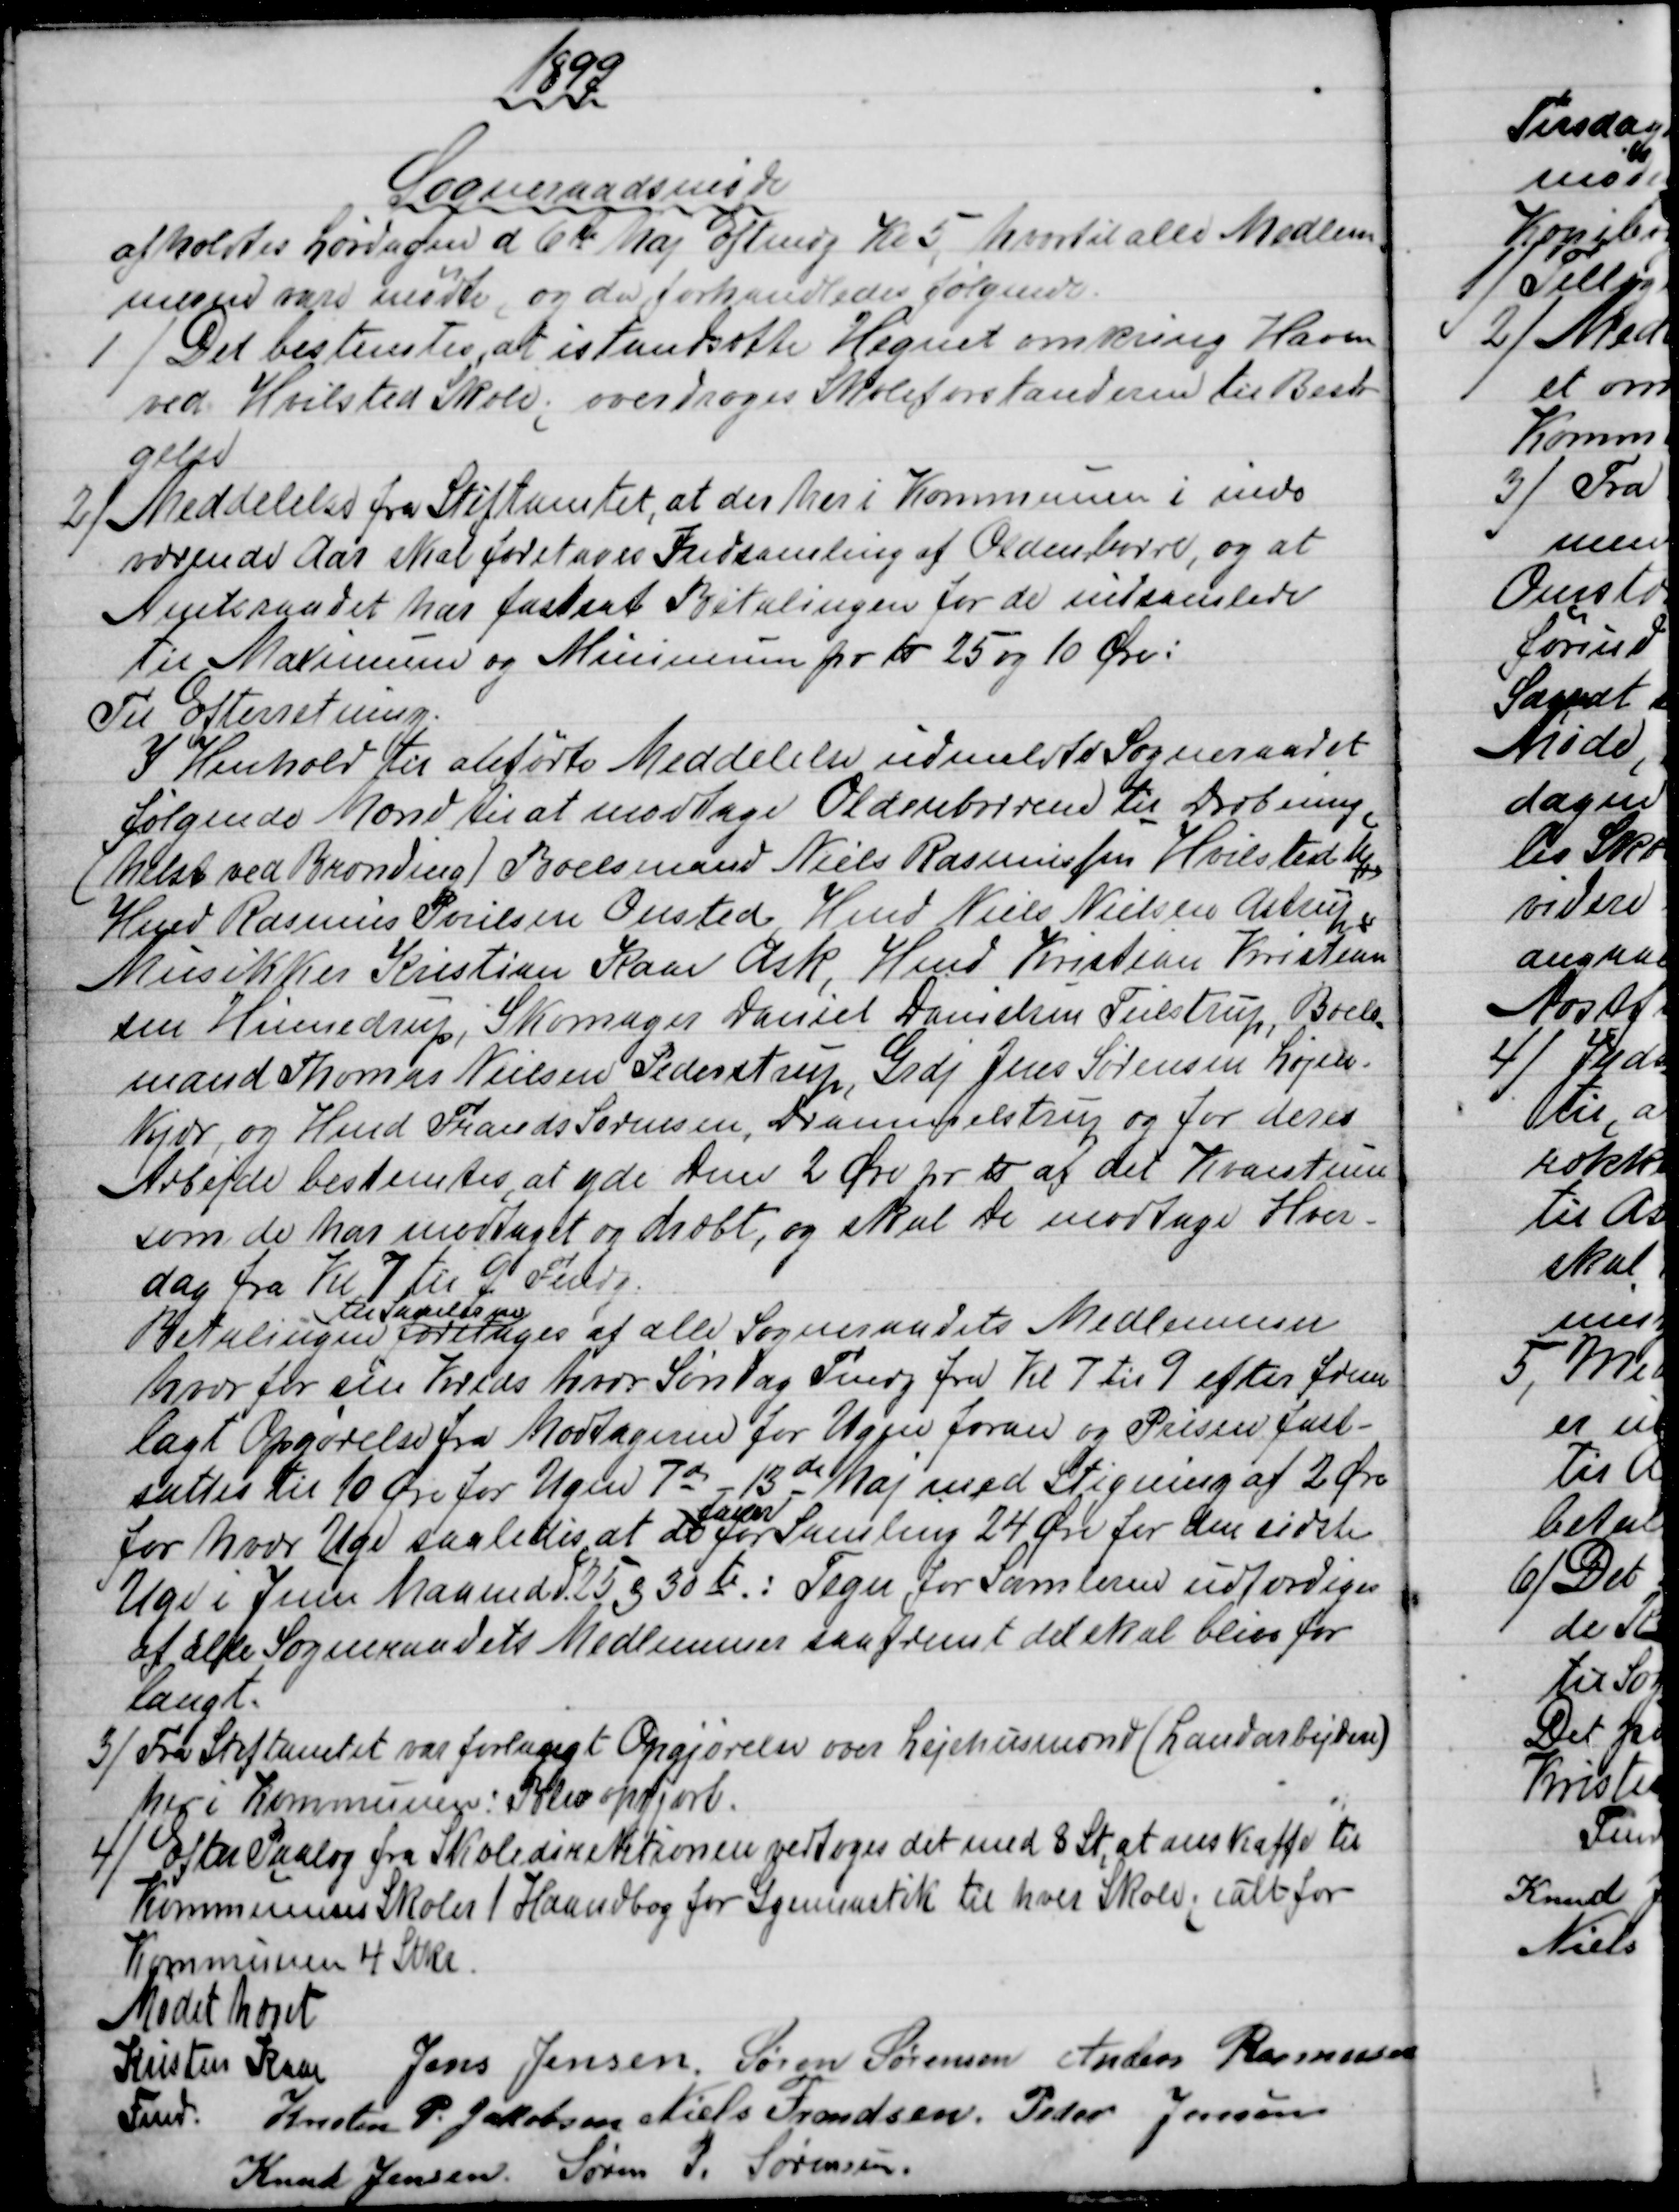
Transskription:
1899
Sogneraadsmøde
afholdtes Lørdagen d. 6te Maj Eftmdg Kl. 5, hvortil alle Medlem
=
merne vare mødte, og der forhandledes følgende.
1) 
Det bestemtes, at istandsætte Hegnet omkring Haven
ved Hvilsted Skole; overdroges Skoleforstanderen til Besør
gelse
2)
Meddelelse fra Stiftamtet, at der her i Kommunen i inde
værende Aar skal foretages Indsamling af Oldenborre, og at
Amtsraadet har fastsat Betalingen for de indsamlede
til Maximum og Minimum pr ℔ 25 og 10 Øre:
Til Efterretning.
I Henhold til anførte Meddelelse udmeldte Sogneraadet
følgende Mænd til at modtage Oldenborrene til Dræbning
(helst ved Brænding) Boelsmand Niels Rasmussen Hvilsted Mk
Hmd Rasmus Poulsen Onsted, Hmd Niels Nielsen Astrup,
Musikker Kristian Kaae Ask, Hmd Kristian Kristian
sen Hinnedrup, Skomager Daniel Danielsen Tulstrup, Boels
=
mand Thomas Nielsen Pederstrup, Grdj Jens Sørensen Løjen-
kjær, og Hmd Frands Sørensen, Drammelstrup og for deres
Arbejde bestemtes, at yde Dem 2 Øre pr ℔ af det Kvantum
som de har modtaget og dræbt, og skal De modtage Hver=
dag fra Kl 7 til 9 Fmdg.
Betalingen 
til Samlerne
foretages af alle Sogneraadets Medlemmer
hver for sin Kreds hver Søndag Fmdg fra Kl 7 til 9 efter frem
lagt Opgørelse fra Modtagerne for Ugen foran og Prisen fast-
sættes til 10 Øre for Ugen 7de - 13de Maj med Stigning af 2 Øre
for hver Uge saaledes at de 
faaer
for Samling 24 Øre for den sidste
Uge i Juni Maaned d. 25 & 30te.: Tegn for Samlerne udfærdiges
af alle Sogneraadets Medlemmer saafremt det skal blive for
langt.
3)
Fra Stiftamtet var forlangt Opgjørelse over Lejehusmænd (Landarbejdere)
her i Kommunen: Blev opgjort.
4)
Efter Paalæg fra Skoledirektionen vedtoges det med 8 St, at anskaffe til
Kommunens Skoler 1 Haandbog for Gymnastik til hver Skole; ialt for
Kommunen 4 Stkr.
Mødet hævet
Kristen Kaae 
Fmd. 
Jens Jensen  Søren Sørensen  Anders Rasmussen
Kresten P. Jakobsen  Niels Frandsen  Peder Jensen
Knud Jensen  Søren P. Sørensen.